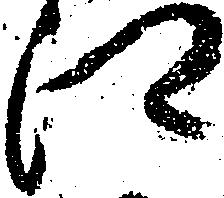
郷